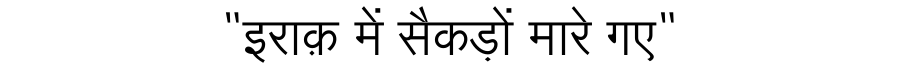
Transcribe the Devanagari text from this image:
"इराक़ में सैकड़ों मारे गए"